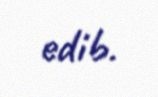
edib.